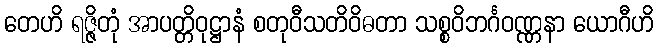
တေဟိ ရဇ္ဇိတုံ အာပတ္တိဝုဋ္ဌာနံ စတုဝီသတိဝိဓတာ သစ္စဝိဘင်္ဂဝဏ္ဏနာ ယောဂီဟိ